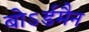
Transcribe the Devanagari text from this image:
बोऽर्डमैन